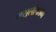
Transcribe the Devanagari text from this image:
मसूलीपत्तम